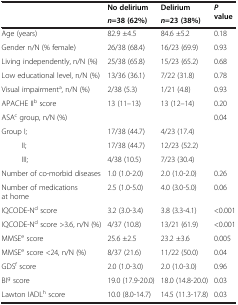
<table><thead><tr><td><b> </b></td><td><b>No delirium</b></td><td><b>Delirium</b></td><td><b><i>P </i>value</b></td></tr><tr><td><b> </b></td><td><b><i>n</i>=38 (62%)</b></td><td><b><i>n</i>=23 (38%)</b></td><td><b> </b></td></tr></thead><tbody><tr><td>Age (years)</td><td>82.9 ±4.5</td><td>84.6 ±5.2</td><td>0.18</td></tr><tr><td>Gender n/N (% female)</td><td>26/38 (68.4)</td><td>16/23 (69.9)</td><td>0.93</td></tr><tr><td>Living independently, n/N (%)</td><td>25/38 (65.8)</td><td>15/23 (65.2)</td><td>0.68</td></tr><tr><td>Low educational level, n/N (%)</td><td>13/36 (36.1)</td><td>7/22 (31.8)</td><td>0.78</td></tr><tr><td>Visual impairment<sup>a</sup>, n/N (%)</td><td>2/38 (5.3)</td><td>1/21 (4.8)</td><td>0.93</td></tr><tr><td>APACHE II<sup>b</sup> score</td><td>13 (11–13)</td><td>13 (12–14)</td><td>0.20</td></tr><tr><td>ASA<sup>c</sup> group, n/N (%)</td><td> </td><td> </td><td rowspan="4">0.04</td></tr><tr><td>Group I;</td><td>17/38 (44.7)</td><td>4/23 (17.4)</td></tr><tr><td>II;</td><td>17/38 (44.7)</td><td>12/23 (52.2)</td></tr><tr><td>III;</td><td>4/38 (10.5)</td><td>7/23 (30.4)</td></tr><tr><td>Number of co-morbid diseases</td><td>1.0 (1.0-2.0)</td><td>2.0 (1.0-2.0)</td><td>0.26</td></tr><tr><td>Number of medications at home</td><td>2.5 (1.0-5.0)</td><td>4.0 (3.0-5.0)</td><td>0.06</td></tr><tr><td>IQCODE-N<sup>d</sup> score</td><td>3.2 (3.0-3.4)</td><td>3.8 (3.3-4.1)</td><td>&lt;0.001</td></tr><tr><td>IQCODE-N<sup>d</sup> score &gt;3.6, n/N (%)</td><td>4/37 (10.8)</td><td>13/21 (61.9)</td><td>&lt;0.001</td></tr><tr><td>MMSE<sup>e</sup> score</td><td>25.6 ±2.5</td><td>23.2 ±3.6</td><td>0.005</td></tr><tr><td>MMSE<sup>e</sup> score &lt;24, n/N (%)</td><td>8/37 (21.6)</td><td>11/22 (50.0)</td><td>0.04</td></tr><tr><td>GDS<sup>f</sup> score</td><td>2.0 (1.0-3.0)</td><td>2.0 (1.0-3.0)</td><td>0.96</td></tr><tr><td>BI<sup>g</sup> score</td><td>19.0 (17.9-20.0)</td><td>18.0 (14.8-20.0)</td><td>0.03</td></tr><tr><td>Lawton IADL<sup>h</sup> score</td><td>10.0 (8.0-14.7)</td><td>14.5 (11.3-17.8)</td><td>0.03</td></tr></tbody></table>